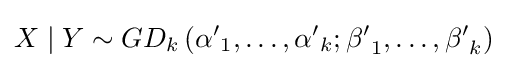
X\mid Y\sim GD_{k}\left({\alpha '}_{1},\ldots ,{\alpha '}_{k};{\beta '}_{1},\ldots ,{\beta '}_{k}\right)